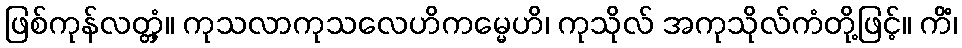
ဖြစ်ကုန်လတ္တံ့။ ကုသလာကုသလေဟိကမ္မေဟိ၊ ကုသိုလ် အကုသိုလ်ကံတို့ဖြင့်။ ကိံ၊